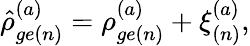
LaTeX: \hat{\rho}_{ge(n)}^{(a)}=\rho_{ge(n)}^{(a)}+\xi_{(n)}^{(a)},